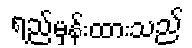
ရည်မှန်းထားသည်